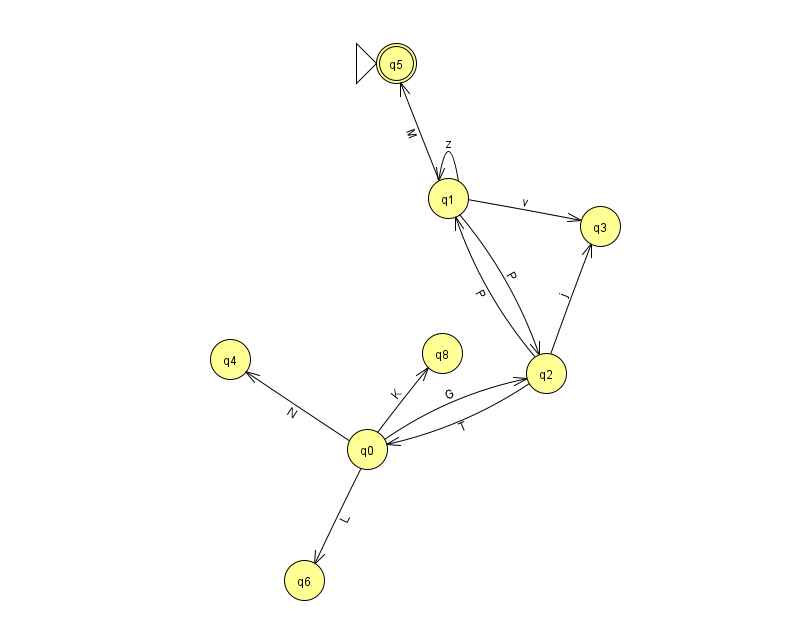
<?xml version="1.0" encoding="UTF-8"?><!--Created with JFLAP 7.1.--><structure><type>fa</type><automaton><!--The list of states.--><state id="0" name="q0"><x>367.0</x><y>436.0</y></state><state id="1" name="q1"><x>448.0</x><y>185.0</y></state><state id="2" name="q2"><x>546.0</x><y>360.0</y></state><state id="3" name="q3"><x>600.0</x><y>213.0</y></state><state id="4" name="q4"><x>230.0</x><y>346.0</y></state><state id="5" name="q5"><x>396.0</x><y>50.0</y><initial/><final/></state><state id="6" name="q6"><x>304.0</x><y>567.0</y></state><state id="8" name="q8"><x>442.0</x><y>340.0</y></state><!--The list of transitions.--><transition><from>0</from><to>2</to><read>G</read></transition><transition><from>1</from><to>2</to><read>P</read></transition><transition><from>2</from><to>1</to><read>P</read></transition><transition><from>2</from><to>0</to><read>T</read></transition><transition><from>0</from><to>4</to><read>N</read></transition><transition><from>0</from><to>6</to><read>L</read></transition><transition><from>2</from><to>3</to><read>j</read></transition><transition><from>0</from><to>8</to><read>K</read></transition><transition><from>1</from><to>1</to><read>z</read></transition><transition><from>1</from><to>3</to><read>v</read></transition><transition><from>1</from><to>5</to><read>M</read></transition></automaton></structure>